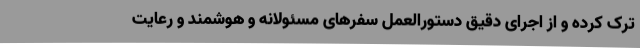
ترک کرده و از اجرای دقیق دستورالعمل سفرهای مسئولانه و هوشمند و رعایت